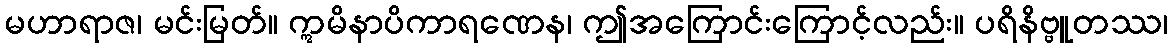
မဟာရာဇ၊ မင်းမြတ်။ ဣမိနာပိကာရဏေန၊ ဤအကြောင်းကြောင့်လည်း။ ပရိနိဗ္ဗူတဿ၊